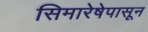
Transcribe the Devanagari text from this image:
सिमारेषेपासून